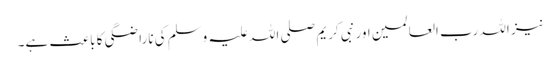
نیز اللہ رب العالمین اور نبی کریم صلی اللہ علیہ وسلم کی ناراضگی کا باعث ہے۔